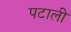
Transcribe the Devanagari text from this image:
पटाली